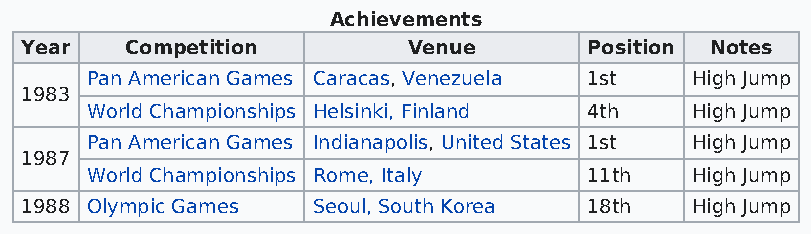
Achievements
 Year   Competition        Venue       Position Notes
 Pan American Games Caracas, Venezuela 1st High Jump
 1983
 World Championships Helsinki, Finland 4th High Jump
 Pan American Games Indianapolis, United States 1st High Jump
 1987
 World Championships Rome, Italy  11th   High Jump
 1988 Olympic Games  Seoul, South Korea 18th  High Jump